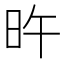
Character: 旿